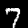
Label: 7